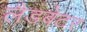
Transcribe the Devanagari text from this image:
लैडबेटर